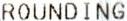
ROUNDING